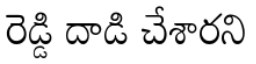
రెడ్డి దాడి చేశారని